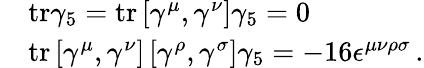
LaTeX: \begin{array}{rl}&{\mathrm{tr}\gamma_{5}=\mathrm{tr}\left[\gamma^{\mu},\gamma^{\nu}\right]\gamma_{5}=0}\\ &{\mathrm{tr}\left[\gamma^{\mu},\gamma^{\nu}\right]\left[\gamma^{\rho},\gamma^{\sigma}\right]\gamma_{5}=-16\epsilon^{\mu\nu\rho\sigma}\, .}\end{array}